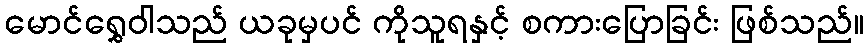
မောင်ရွှေဝါသည် ယခုမှပင် ကိုသူရနှင့် စကားပြောခြင်း ဖြစ်သည်။